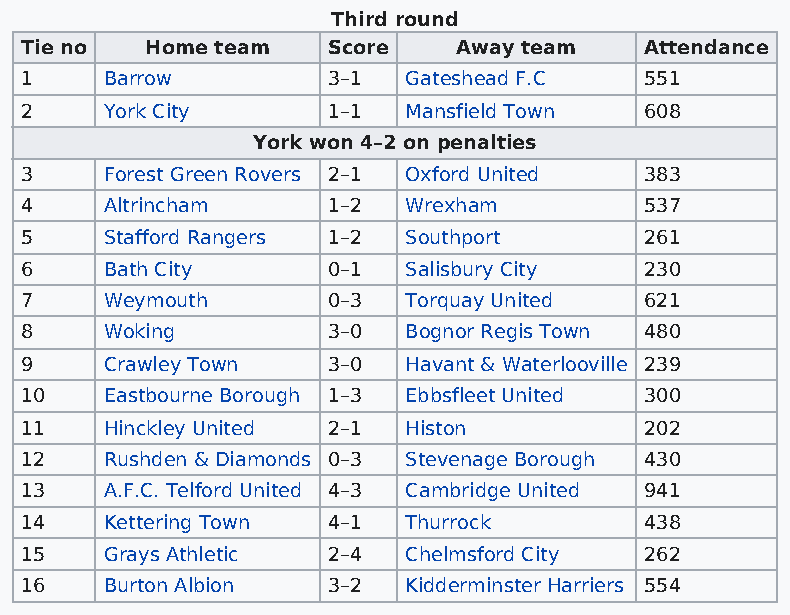
Third round
 Tie no   Home team   Score   Away team    Attendance
 1     Barrow         3–1  Gateshead F.C   551
 2     York City      1–1  Mansfield Town  608
 York won 4–2 on penalties
 3     Forest Green Rovers 2–1 Oxford United 383
 4     Altrincham     1–2  Wrexham         537
 5     Stafford Rangers 1–2 Southport      261
 6     Bath City      0–1  Salisbury City  230
 7     Weymouth       0–3  Torquay United  621
 8     Woking         3–0  Bognor Regis Town 480
 9     Crawley Town   3–0  Havant & Waterlooville 239
 10    Eastbourne Borough 1–3 Ebbsfleet United 300
 11    Hinckley United 2–1 Histon          202
 12    Rushden & Diamonds 0–3 Stevenage Borough 430
 13    A.F.C. Telford United 4–3 Cambridge United 941
 14    Kettering Town 4–1  Thurrock        438
 15    Grays Athletic 2–4  Chelmsford City 262
 16    Burton Albion  3–2  Kidderminster Harriers 554